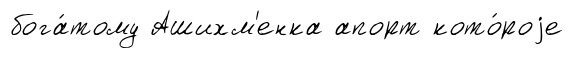
бога́тому Ашихм'енка апорт кото́роjе